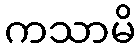
ကသာမိ